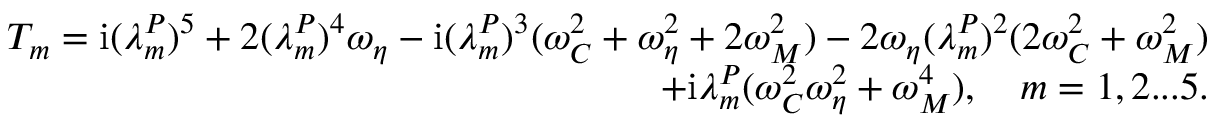
\begin{array} { r } { T _ { m } = \mathrm { i } ( \lambda _ { m } ^ { P } ) ^ { 5 } + 2 ( \lambda _ { m } ^ { P } ) ^ { 4 } \omega _ { \eta } - \mathrm { i } ( \lambda _ { m } ^ { P } ) ^ { 3 } ( \omega _ { C } ^ { 2 } + \omega _ { \eta } ^ { 2 } + 2 \omega _ { M } ^ { 2 } ) - 2 \omega _ { \eta } ( \lambda _ { m } ^ { P } ) ^ { 2 } ( 2 \omega _ { C } ^ { 2 } + \omega _ { M } ^ { 2 } ) } \\ { + \mathrm { i } \lambda _ { m } ^ { P } ( \omega _ { C } ^ { 2 } \omega _ { \eta } ^ { 2 } + \omega _ { M } ^ { 4 } ) , \quad m = 1 , 2 . . . 5 . } \end{array}